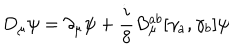
D _ { \mu } \psi = \partial _ { \mu } \psi + \frac { i } { 8 } B _ { \mu } ^ { a b } [ \gamma _ { a } , \gamma _ { b } ] \psi